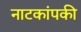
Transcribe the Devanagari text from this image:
नाटकांपकी